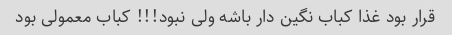
قرار بود غذا کباب نگین دار باشه ولی نبود!!! کباب معمولی بود